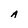
Character: A